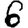
Digit: 6